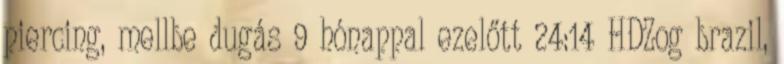
piercing, mellbe dugás 9 hónappal ezelőtt 24:14 HDZog brazil,